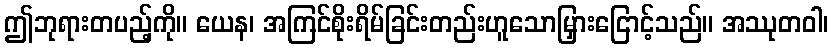
ဤဘုရားတပည့်ကို။ ယေန၊ အကြင်စိုးရိမ်ခြင်းတည်းဟူသောမြှားငြောင့်သည်။ အဿုတဝါ၊